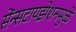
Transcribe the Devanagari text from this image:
सेंन्सटायझेशनमुळे